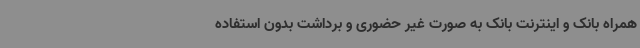
همراه بانک و اینترنت بانک به صورت غیر حضوری و برداشت بدون استفاده